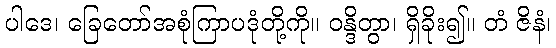
ပါဒေ၊ ခြေတော်အစုံကြာပဒုံတို့ကို။ ဝန္ဒိတွာ၊ ရှိခိုး၍။ တံ ဇိနံ၊